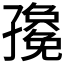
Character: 𭓛